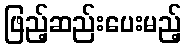
ဖြည့်ဆည်းပေးမည့်